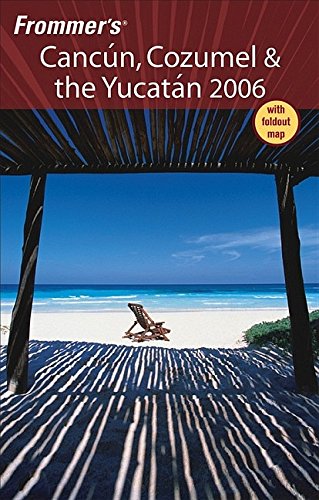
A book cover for Frommer's Cancun, Cozumel & the Yucatan 2006 (Frommer's Complete Guides); David Baird; Travel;